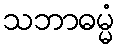
သဘာဓမ္မံ